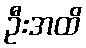
ဦးအထိ